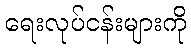
ရေးလုပ်ငန်းများကို